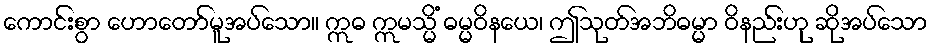
ကောင်းစွာ ဟောတော်မူအပ်သော။ ဣဓ ဣမသ္မိံ ဓမ္မဝိနယေ၊ ဤသုတ်အဘိဓမ္မာ ဝိနည်းဟု ဆိုအပ်သော